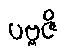
ပဗ္ဗဇိ